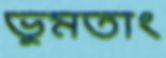
ভুমতাং